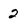
Character: 2